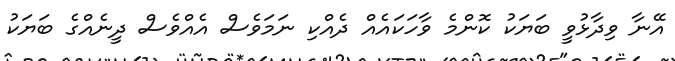
އޭނާ ވިދާޅުވީ ބަޔަކު ކޮންމެ ވާހަކައެއް ދެއްކި ނަމަވެސް އެއްވެސް ދީނެއްގެ ބަޔަކު